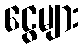
ငွေများ